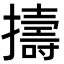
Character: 擣